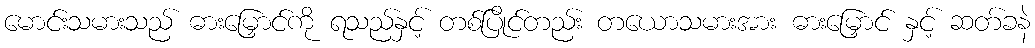
မောင်းသမားသည် ဓားမြှောင်ကို ရသည်နှင့် တစ်ပြိုင်တည်း တယောသမားအား ဓားမြှောင် နှင့် ဆတ်ခနဲ